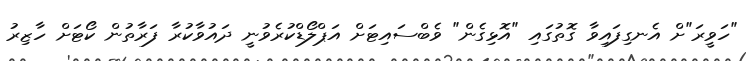
"ހަވީރަ"ށް އެނގިފައިވާ ގޮތުގައި "އޮޅިގެން" ވެބްސައިޓަށް އަޕްލޯޑްކުރެވުނީ ދައުވާކުރާ ފަރާތުން ކޯޓަށް ހާޒިރު